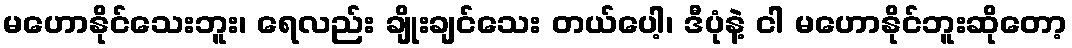
မဟောနိုင်သေးဘူး၊ ရေလည်း ချိုးချင်သေး တယ်ပေါ့၊ ဒီပုံနဲ့ ငါ မဟောနိုင်ဘူးဆိုတော့